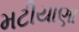
મટીયાણા